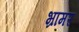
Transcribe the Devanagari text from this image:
भ्रामर